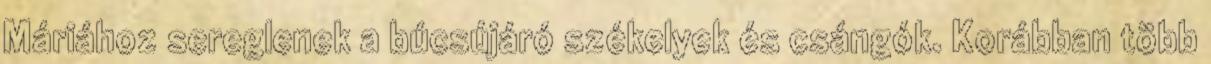
Máriához sereglenek a búcsújáró székelyek és csángók. Korábban több